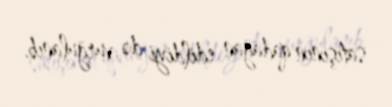
satışının qadağan edildiyi də vurğulanıb.